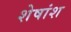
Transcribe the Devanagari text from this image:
शेषांश